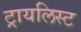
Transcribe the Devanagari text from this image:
ट्रायलिस्ट